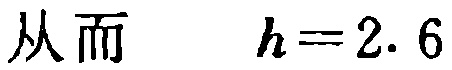
从而\(h = 2.6\)